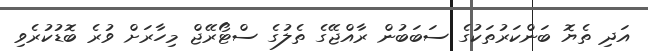
އަދި ތެޔޮ ބަންކަރުތަކުގެ ސަބަބުން ރާއްޖޭގެ ތެލުގެ ސްޓޯރޭޖް މިހާރަށް ވުރެ ބޮޑުކުރެވި